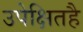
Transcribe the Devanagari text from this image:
उपेक्षितहै